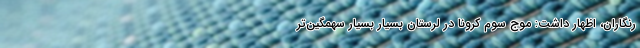
رنگاران، اظهار داشت: موج سوم کرونا در لرستان بسیار بسیار سهمگین‌تر